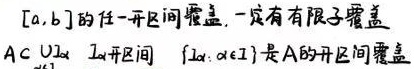
$[a,b]$ 的任一开区间覆盖，一定有有限子覆盖.
$A\subset \cup_{\alpha \in I} \alpha$，$\{\alpha: \alpha \in I\}$ 是 $A$ 的开区间覆盖.